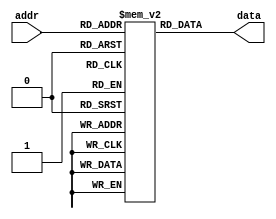
`timescale 1ns / 1ps
//////////////////////////////////////////////////////////////////////////////////
module charROM(
input [6:0] addr,
output [63:0] data 
    );
    
reg [63:0] mem [127:0]; //model of memory    


initial
begin
    mem[0] = 'h0000000000000000;
    mem[1] = 'h0000000000000000;
    mem[2] = 'h0000000000000000;
    mem[3] = 'h0000000000000000;
    mem[4] = 'h0000000000000000;
    mem[5] = 'h0000000000000000;
    mem[6] = 'h0000000000000000;
    mem[7] = 'h0000000000000000;
    mem[8] = 'h0000000000000000;
    mem[9] = 'h0000000000000000;
    mem[10] = 'h0000000000000000;
    mem[11] = 'h0000000000000000;
    mem[12] = 'h0000000000000000;
    mem[13] = 'h0000000000000000;
    mem[14] = 'h0000000000000000;
    mem[15] = 'h0000000000000000;
    mem[16] = 'h0000000000000000;
    mem[17] = 'h0000000000000000;
    mem[18] = 'h0000000000000000;
    mem[19] = 'h0000000000000000;
    mem[20] = 'h0000000000000000;
    mem[21] = 'h0000000000000000;
    mem[22] = 'h0000000000000000;
    mem[23] = 'h0000000000000000;
    mem[24] = 'h0000000000000000;
    mem[25] = 'h0000000000000000;
    mem[26] = 'h0000000000000000;
    mem[27] = 'h0000000000000000;
    mem[28] = 'h0000000000000000;
    mem[29] = 'h0000000000000000;
    mem[30] = 'h0000000000000000;
    mem[31] = 'h0000000000000000;
    mem[32] = 'h0000000000000000;
    mem[33] = 'h0000005f00000000;
    mem[34] = 'h0000030003000000;
    mem[35] = 'h643c26643c262400;
    mem[36] = 'h2649497f49493200;
    mem[37] = 'h4225120824522100;
    mem[38] = 'h20504e5522582800;
    mem[39] = 'h0000000300000000;
    mem[40] = 'h00001c2241000000;
    mem[41] = 'h00000041221c0000;
    mem[42] = 'h0015150e0e151500;
    mem[43] = 'h0008083e08080000;
    mem[44] = 'h0000005030000000;
    mem[45] = 'h0008080808080000;
    mem[46] = 'h0000004000000000;
    mem[47] = 'h4020100804020100;
    mem[48] = 'h003e4141413e0000;
    mem[49] = 'h0000417f40000000;
    mem[50] = 'h00426151496e0000;
    mem[51] = 'h0022414949360000;
    mem[52] = 'h001814127f100000;
    mem[53] = 'h0027494949710000;
    mem[54] = 'h003c4a4948700000;
    mem[55] = 'h004321110d030000;
    mem[56] = 'h0036494949360000;
    mem[57] = 'h00060949291e0000;
    mem[58] = 'h0000001200000000;
    mem[59] = 'h0000005230000000;
    mem[60] = 'h0000081414220000;
    mem[61] = 'h0014141414141400;
    mem[62] = 'h0000221414080000;
    mem[63] = 'h0002015905020000;
    mem[64] = 'h3e415d554d512e00;
    mem[65] = 'h407c4a094a7c4000;//A
    mem[66] = 'h417f494949493600;//B
    mem[67] = 'h1c22414141412200;//C
    mem[68] = 'h417f414141221c00;
    mem[69] = 'h417f49495d416300;
    mem[70] = 'h417f49091d010300;
    mem[71] = 'h1c224149493a0800;
    mem[72] = 'h417f0808087f4100;
    mem[73] = 'h0041417F41410000;
    mem[74] = 'h304041413F010100;
    mem[75] = 'h417f080c12614100;
    mem[76] = 'h417f414040406000;
    mem[77] = 'h417f420c427f4100;
    mem[78] = 'h417f420c117f0100;
    mem[79] = 'h1c22414141221c00;
    mem[80] = 'h417f490909090600;
    mem[81] = 'h0c12212161524c00;
    mem[82] = 'h417f090919694600;
    mem[83] = 'h6649494949493300;
    mem[84] = 'h0301417f41010300;
    mem[85] = 'h013f4140413f0100;
    mem[86] = 'h010f3140310f0100;
    mem[87] = 'h011f6114611f0100;
    mem[88] = 'h4141360836414100;
    mem[89] = 'h0103447844030100;
    mem[90] = 'h4361514945436100;
    mem[91] = 'h00007f4141000000;
    mem[92] = 'h0102040810204000;
    mem[93] = 'h000041417f000000;
    mem[94] = 'h0004020101020400;
    mem[95] = 'h0040404040404000;
    mem[96] = 'h0001020000000000;
    mem[97] = 'h00344a4a4a3c4000;
    mem[98] = 'h00413f4848483000;
    mem[99] = 'h003c424242240000;
    mem[100] = 'h00304848493f4000;
    mem[101] = 'h003c4a4a4a2c0000;
    mem[102] = 'h0000487e49090000;
    mem[103] = 'h00264949493f0100;
    mem[104] = 'h417f480444784000;
    mem[105] = 'h0000447d40000000;
    mem[106] = 'h000040443d000000;
    mem[107] = 'h417f101824424200;
    mem[108] = 'h0040417f40400000;
    mem[109] = 'h427e027c027e4000;
    mem[110] = 'h427e4402427c4000;
    mem[111] = 'h003c4242423c0000;
    mem[112] = 'h00417f4909090600;
    mem[113] = 'h00060909497f4100;
    mem[114] = 'h00427e4402020400;
    mem[115] = 'h00644a4a4a360000;
    mem[116] = 'h00043f4444200000;
    mem[117] = 'h00023e4040227e40;
    mem[118] = 'h020e3240320e0200;
    mem[119] = 'h021e6218621e0200;
    mem[120] = 'h4262140814624200;
    mem[121] = 'h0143453805030100;
    mem[122] = 'h004662524a466200;
    mem[123] = 'h0000083641000000;
    mem[124] = 'h0000007f00000000;
    mem[125] = 'h0000004136080000;
    mem[126] = 'h0018080810101800;
    mem[127] = 'hAA55AA55AA55AA55;
end    
    
    
assign data = mem[addr];
    
endmodule